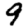
Digit: 9